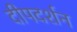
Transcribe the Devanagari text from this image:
दीपदर्शन